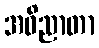
အဝိညာတာ